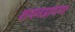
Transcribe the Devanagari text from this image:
शयनप्रांगण